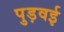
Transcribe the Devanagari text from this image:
पुड़वई